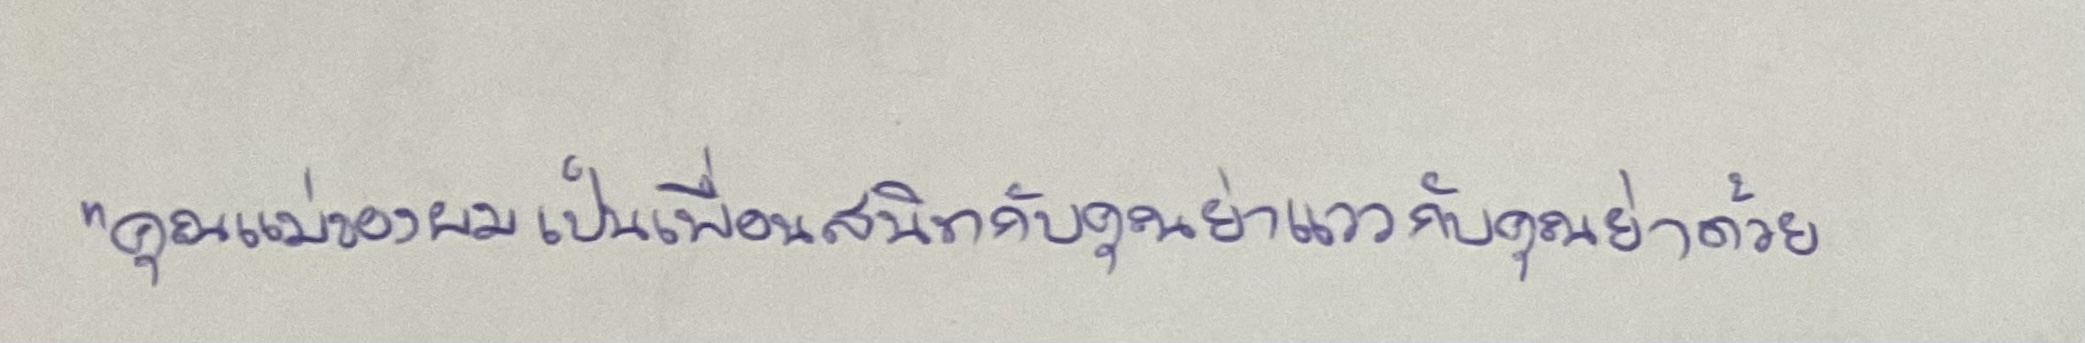
"คุณแม่ของผมเป็นเพื่อนสนิทกับคุณย่าแววกับคุณย่าด้วย